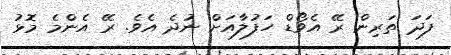
ފަދަ ތަރިން ރޭ އެވޯޑް ހަފުލާއަށް ނުދެ އެވެ. ރޭ އެންމެ މޮޅު